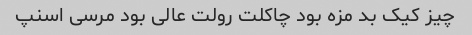
چیز کیک بد مزه بود چاکلت رولت عالی بود مرسی اسنپ